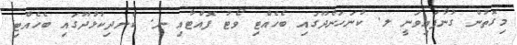
މިގޮތުން ގުނާފައިވަނީ ލ. ކުނަހަންދޫގައި ބެހެއްޓި ވޯޓު ފޮއްޓާއި ނ. ކެނދިކުޅުދޫގައި ބެހެއްޓި